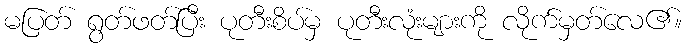
မပြတ် ရွတ်ဖတ်ပြီး ပုတီးစိပ်မှ ပုတီးလုံးများကို လိုက်မှတ်လေ၏။